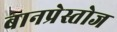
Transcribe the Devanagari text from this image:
बानप्रेस्तोज